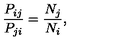
{ \frac { P _ { i j } } { P _ { j i } } } = { \frac { N _ { j } } { N _ { i } } } ,